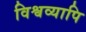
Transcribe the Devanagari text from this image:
विश्वव्यापि